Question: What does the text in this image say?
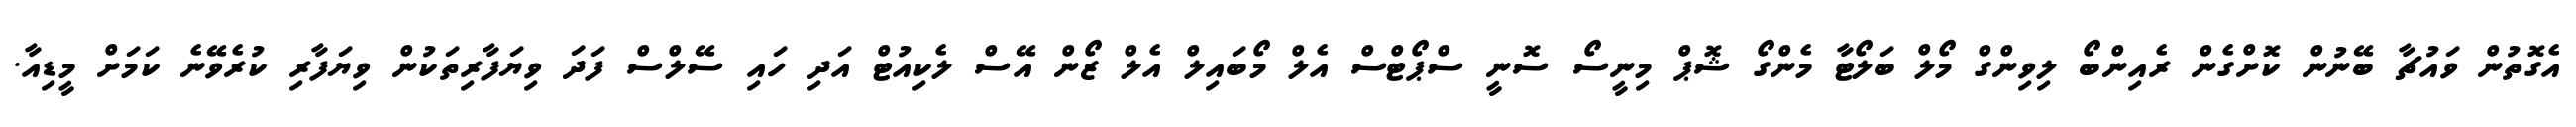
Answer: އެގޮތުން ވައުޗާ ބޭނުން ކޮށްގެން ރެއިންބޯ ލިވިންގް މޯލް ބަލޯޓާ މެންގޯ ޝޮޕް މިނީސޯ ސޮނީ ސްޕޯޓްސް އެލް މޯބައިލް އެލް ޒޯން އޭސް ލެކިއުޓް އަދި ހައި ސޭލްސް ފަދަ ވިޔަފާރިތަކުން ވިޔަފާރި ކުރެވޭނެ ކަމަށް މީޑިއާ.